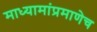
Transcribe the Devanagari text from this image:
माध्यामांप्रमाणेच